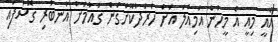
އެއީ މިއީ އެ މީހުން އަމިއްލަ އަށް ހަރަދުކޮށްގެން ގައުމަށް އެނބުރި ގޮސްފައި